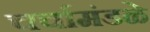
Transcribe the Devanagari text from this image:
चर्चामंडळे